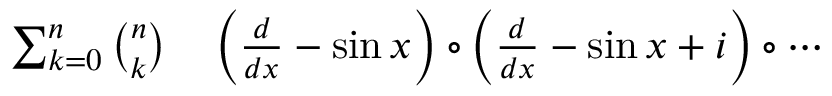
\begin{array} { r l } { \sum _ { k = 0 } ^ { n } { \binom { n } { k } } } & { { } \left( { \frac { d } { d x } } - \sin x \right) \circ \left( { \frac { d } { d x } } - \sin x + i \right) \circ \cdots } \end{array}